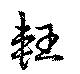
軖